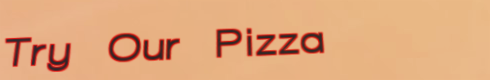
Try Our Pizza